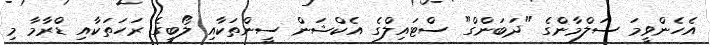
އެހެންވީމަ ސަލްމާންގެ "ދަބަންގް" ސްޓައިލްގެ އެކްޝަން ސީންތަކާއި ލޯބީގެ ރަހަތަކާއި ޑްރާމާ މި